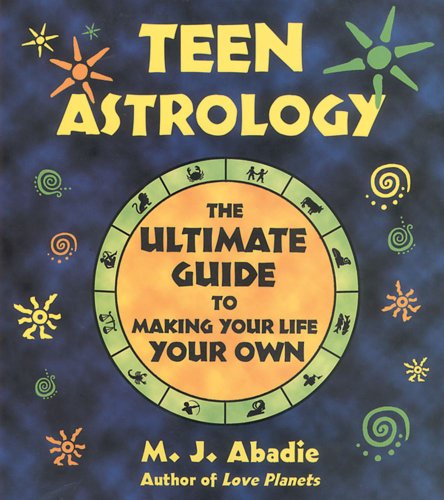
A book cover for Teen Astrology: The Ultimate Guide to Making Your Life Your Own; M. J. Abadie; Teen & Young Adult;